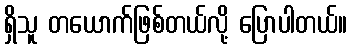
ရှိသူ တယောက်ဖြစ်တယ်လို့ ပြောပါတယ်။